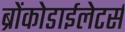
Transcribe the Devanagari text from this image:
ब्रोंकोडाईलेटर्स